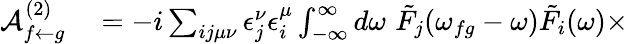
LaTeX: \begin{array}{rl}{\mathcal{A}_{f\leftarrow g}^{(2)}}&{{}=-i\sum_{ij\mu\nu}\epsilon_{j}^{\nu}\epsilon_{i}^{\mu}\int_{-\infty}^{\infty}d\omega\, \, \tilde{F}_{j}(\omega_{fg}-\omega)\tilde{F}_{i}(\omega)\times}\end{array}